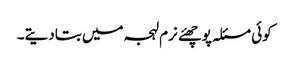
کوئی مسئلہ پوچھئے نرم لہجہ میں بتادیتے۔